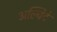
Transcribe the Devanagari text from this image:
अल्चिदे